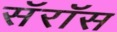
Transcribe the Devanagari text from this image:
सॅरॉस